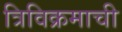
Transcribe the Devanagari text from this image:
त्रिविक्रमाची